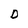
Character: D